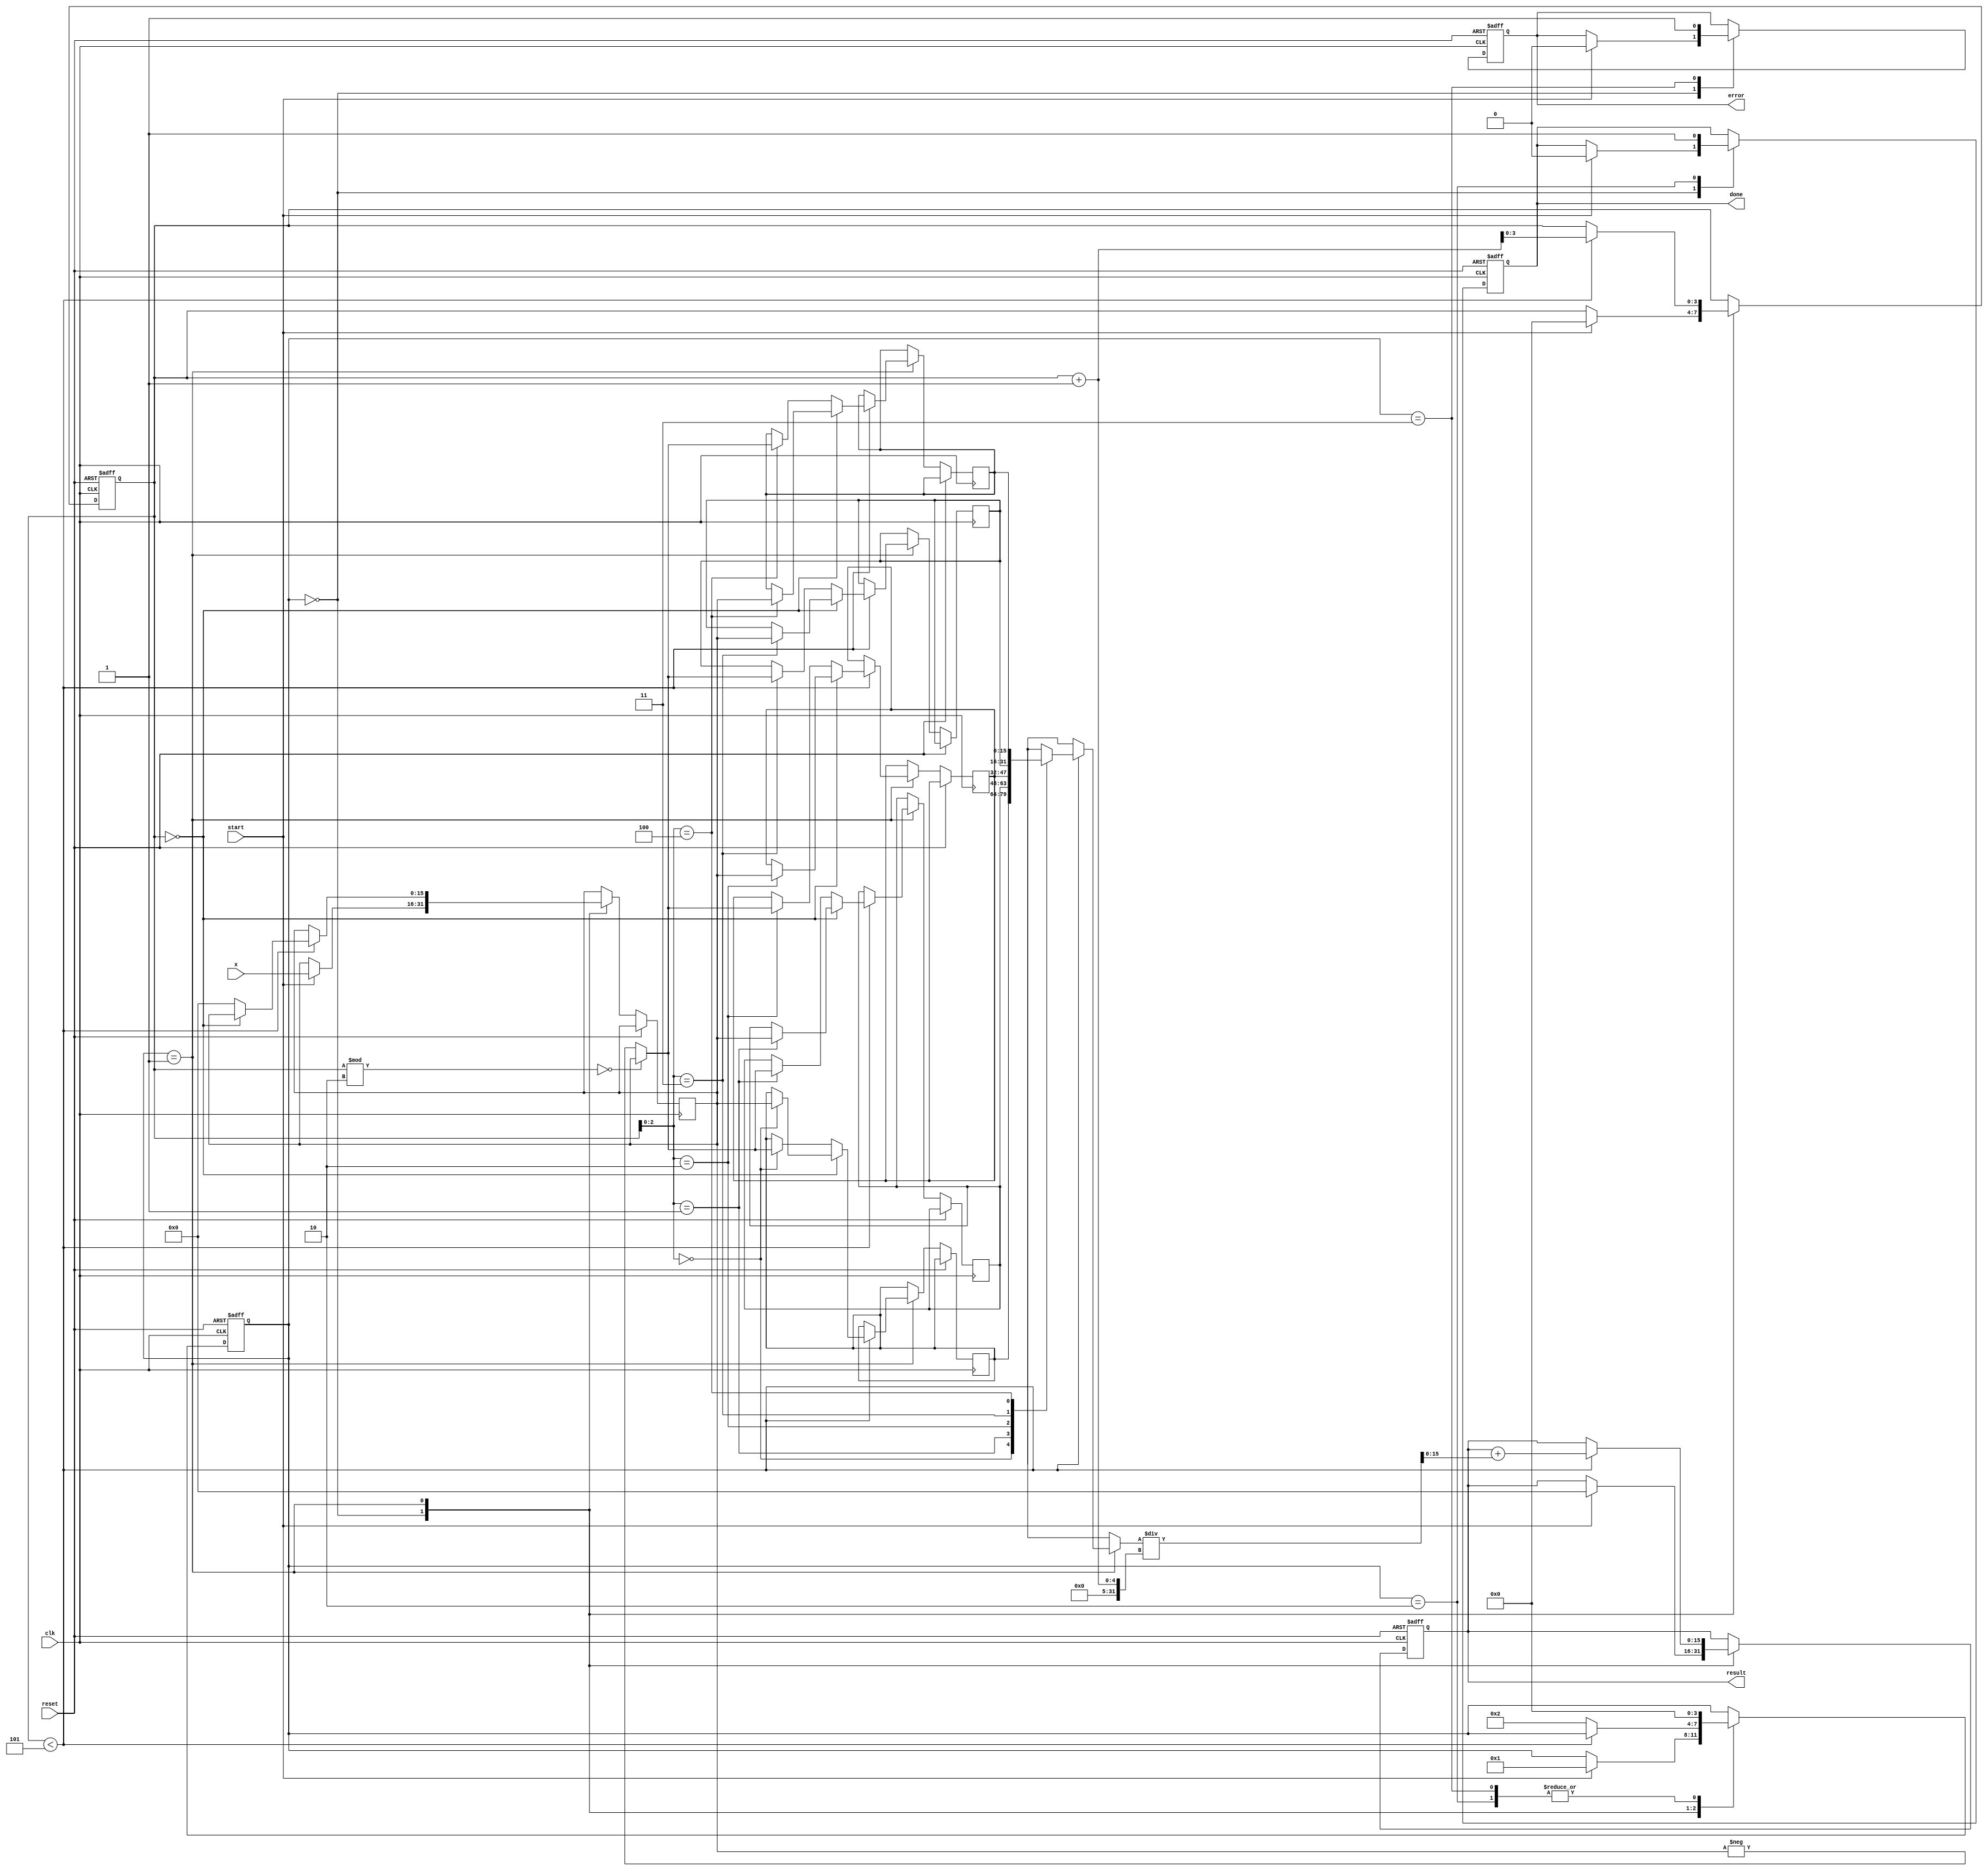
module atan (
    input wire clk,
    input wire reset,
    input wire start,
    input wire signed [15:0] x,  // Input value
    output reg signed [15:0] result,  // atan result
    output reg done,
    output reg error
);

    // Taylor series coefficients for approximation
    parameter n_terms = 5; // Number of terms in Taylor series
    reg signed [15:0] term [0:n_terms-1]; // To hold the term values
    reg signed [15:0] temp_x; // Temporary variable for multiplication

    integer i;
    reg [3:0] state; // State variable for FSM
    reg [3:0] count; // Counter for terms

    localparam IDLE = 4'd0;
    localparam CALC = 4'd1;
    localparam DONE = 4'd2;
    localparam ERROR = 4'd3;

    // Normalize input and check for the valid range
    always @(posedge clk or posedge reset) begin
        if (reset) begin
            result <= 16'd0;
            done <= 1'b0;
            error <= 1'b0;
            state <= IDLE;
            count <= 4'd0;
        end else begin
            case (state)
                IDLE: begin
                    if (start) begin
                        // Initialize calculation
                        result <= 16'd0;
                        temp_x <= x; // x is the input
                        done <= 1'b0;
                        error <= 1'b0;
                        count <= 0;
                        state <= CALC;
                    end
                end
                CALC: begin
                    if (count < n_terms) begin
                        // Calculate the next term in the Taylor series
                        if (count == 0) begin
                            term[count] <= temp_x; // x^1 / 1
                        end else begin
                            // Calculate x^n / n
                            temp_x <= (term[count-1] * temp_x * temp_x) >> 16; // x^n
                            term[count] <= (count % 2 == 0) ? temp_x : -temp_x; // alternating signs
                        end
                        // Add the term to the result
                        result <= result + term[count] / (count + 1);
                        count <= count + 1;
                    end else begin
                        state <= DONE;
                    end
                end
                DONE: begin
                    done <= 1'b1;
                    state <= IDLE; // Go back to IDLE
                end
                ERROR: begin
                    error <= 1'b1;
                    state <= IDLE; // Go back to IDLE
                end
            endcase
        end
    end

endmodule